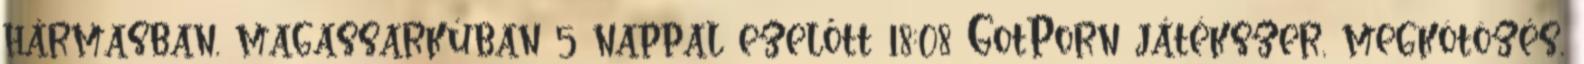
hármasban, magassarkúban 5 nappal ezelőtt 18:08 GotPorn játékszer, megkötözés,